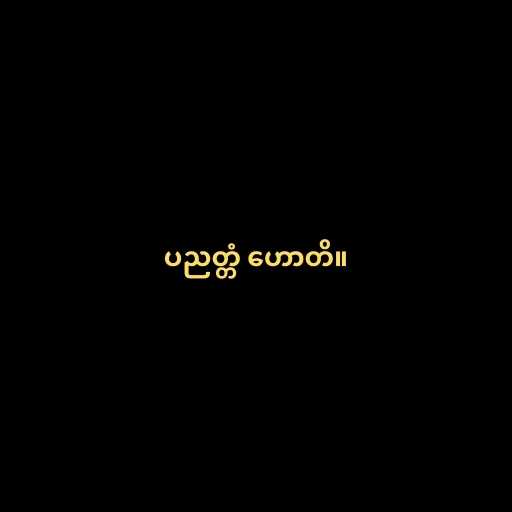
ပညတ္တံ ဟောတိ။